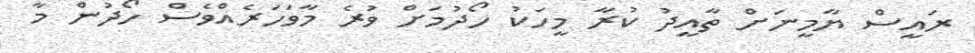
ރައީސް ޔާމީނަށް ތާއީދު ކުރާ މީހަކު ހޯދުމަށް ވުރެ މާވަހަރެއްވެސް ހޯދުން މާ